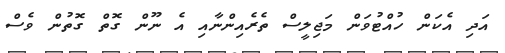
އަދި އެކަން ހުއްޓުވަން މަޖިލީސް ތެރެއިންނާއި އެ ނޫން ގޮތް ގޮތުން ވެސް